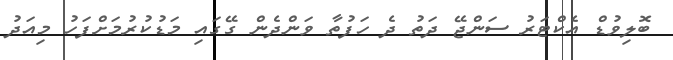
ބޮލިވުޑް އެކްޓަރު ސަންޖޭ ދަތު ދެ ހަފުތާ ވަންދެން ގޭގައި މަޑުކުރުމަށްފަހު މިއަދު